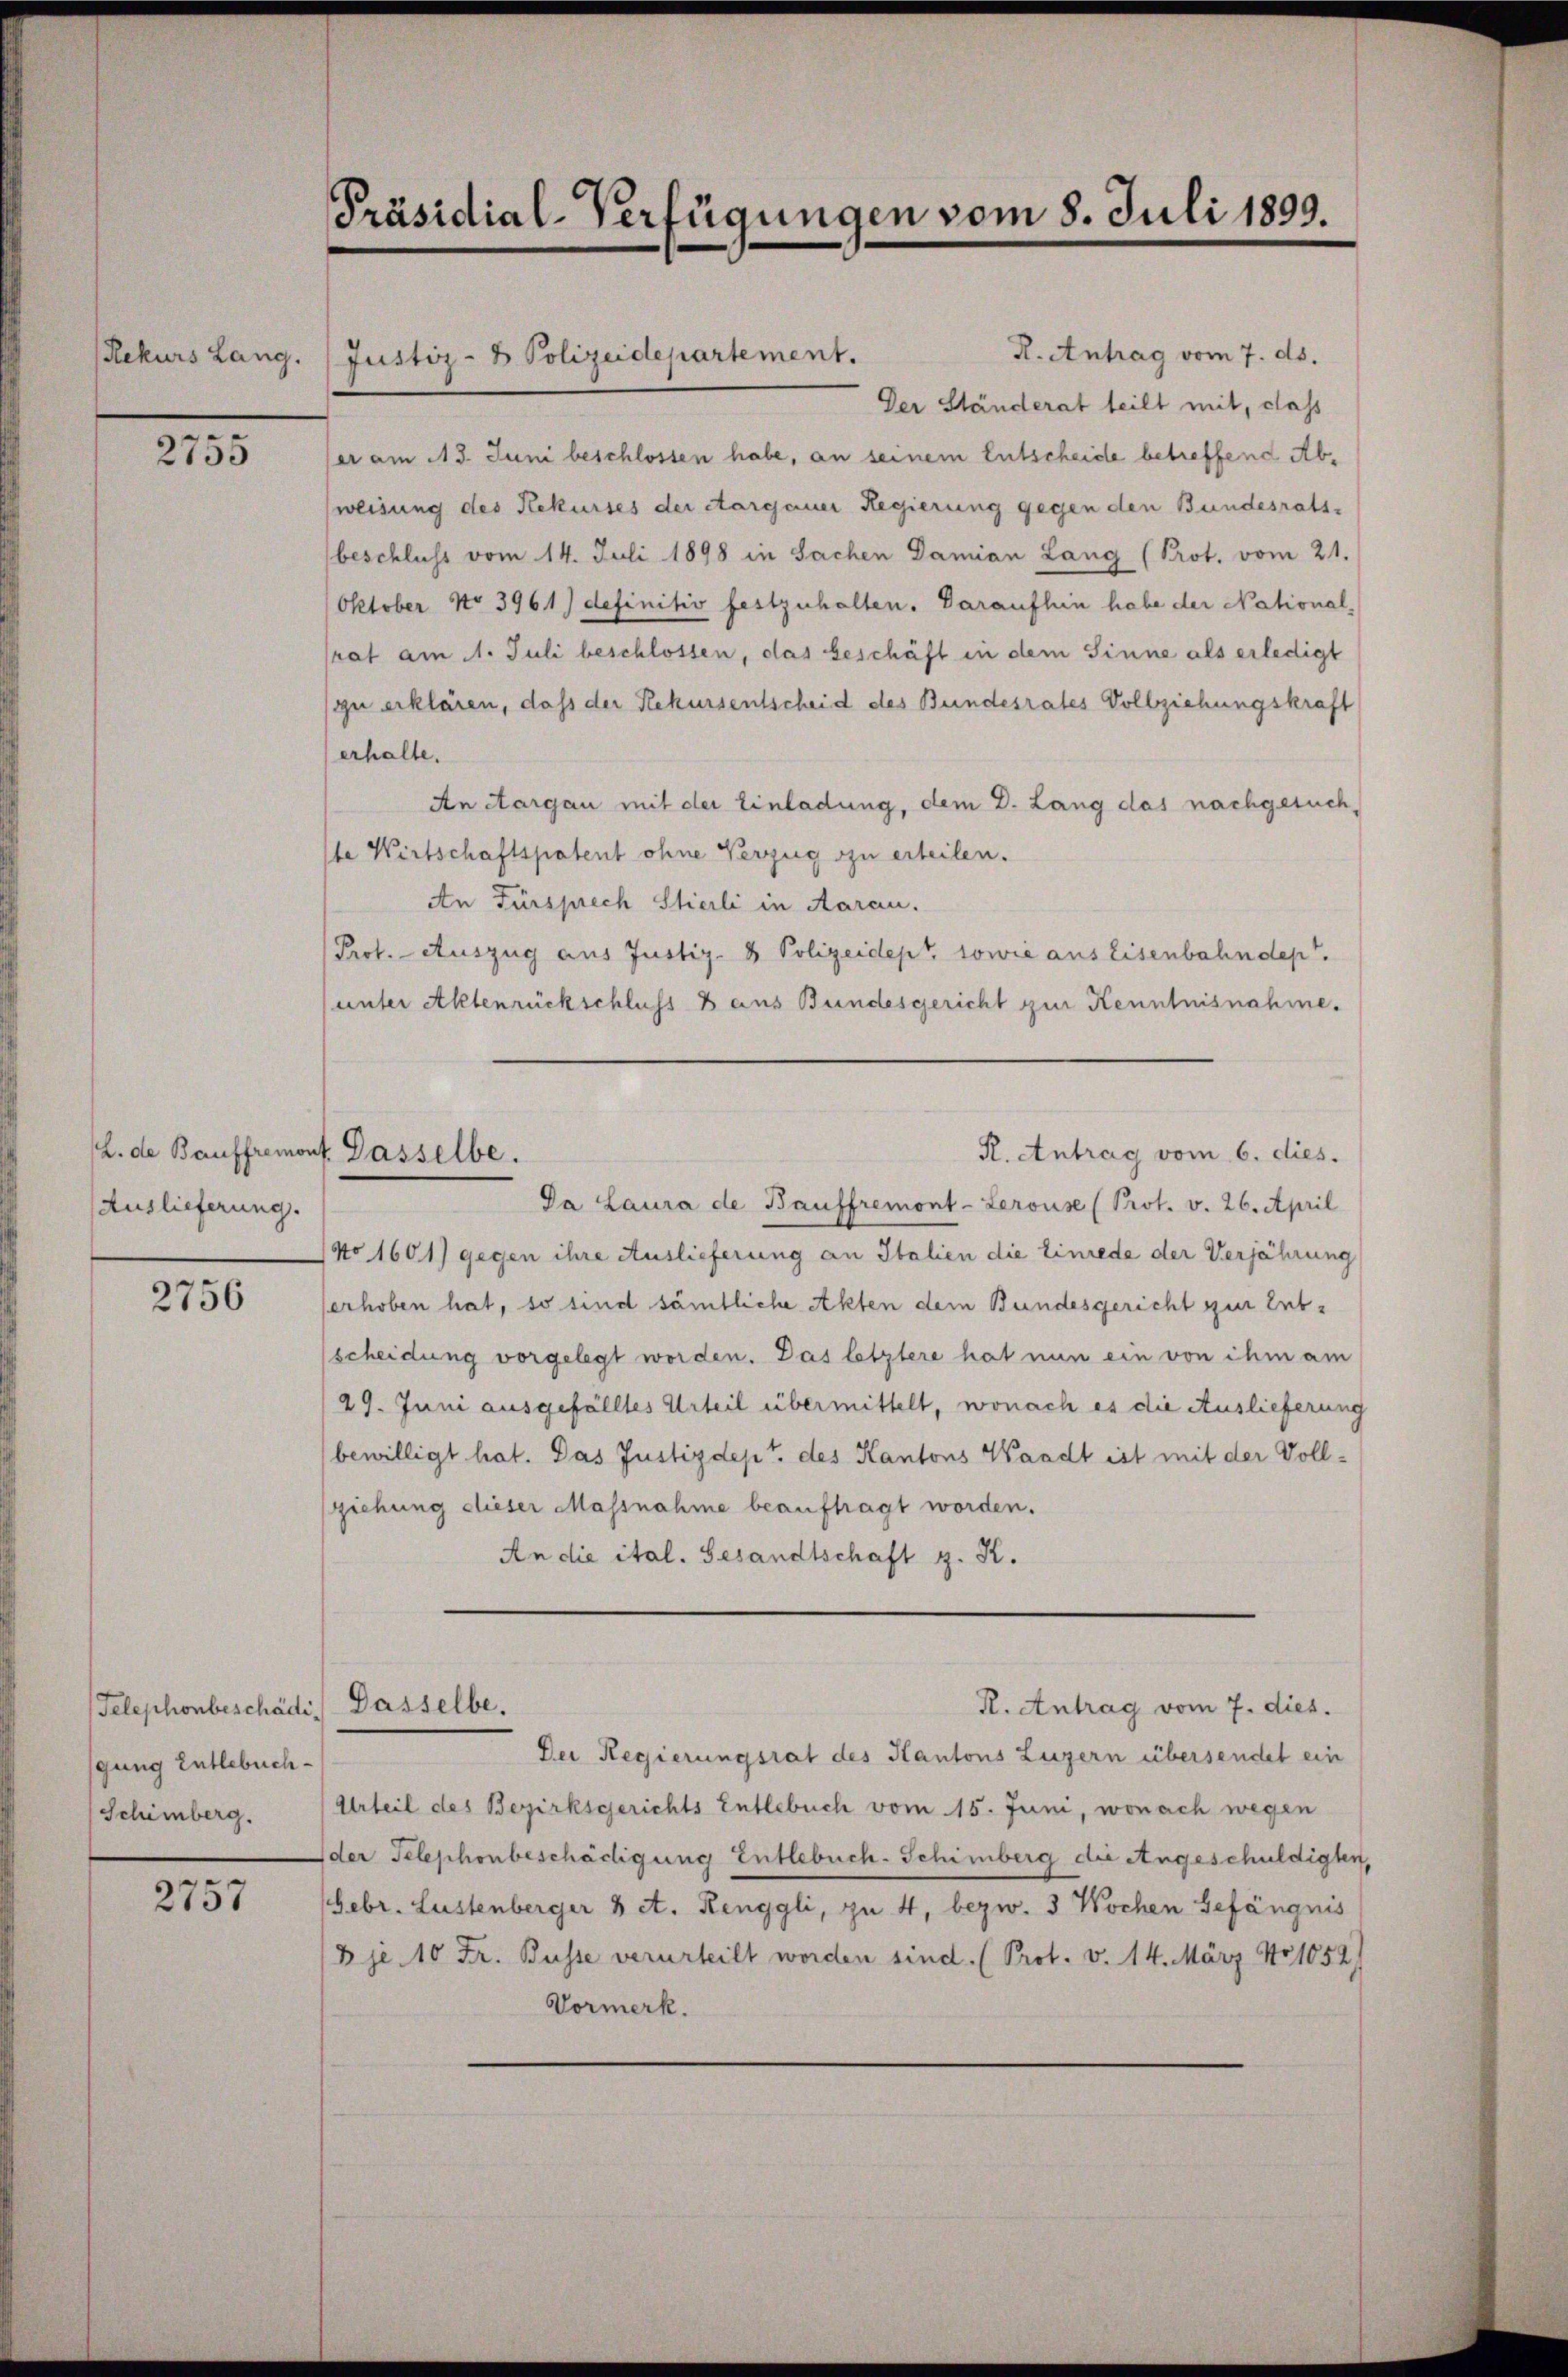
Rekurs Lang.

e
2755

L. de Bauffremd
Auslieferung.

2756

Telephonbeschädi. Dasselbe.
gung Entlebuch-
Schimberg.

2757

Präsidial-Verfügungen vom 8. Juli 1899.

H. Antrag vom 7. ds.
Justiz- & Polizeidepartement.
Der Ständerat teilt mit, dass
er am 113. Juni beschlossen habe, an seinem Entscheide betreffend Abweisung des Rekurses der Aargauer Regierung gegen den Bundesrats-
beschluss vom 14. Juli 1898 in Sachen Damian Lang (Prot. vom 21.
Oktober No 3961) definitiv festzuhalten. Daraufhin habe der Nationalrat am 11. Juli beschlossen, das beschäft in dem Sinne als erledigt
zu erklären, daß der Rekursentscheid des Bundesrates Vollziehungskraft
erhalte.
An Aargau mit der Einladung, dem D. Lang das nachgesuch,
te Wirtschaftspatent ohne Verzug zu erteilen.
An Fürsprech Stierli in Aarau.
Prof. Auszug aus Justiz- & Polizeidept, sowie aus Eisenbahndept.
unter Aktenrückschluss 8 aus Bundesgericht zur Kenntnisnahme.
R. Antrag vom 6. dies.
ef. Dasselbe.
Da Laura de Bauffremont-Lerouse (Prot. v. 26. April
No 1601) gegen ihre Auslieferung an Italien die Einrede der Verjährung
erhoben hat, so sind sämtliche Akten dem Bundesgericht zur Entscheidung vorgelegt worden. Das letztere hat nun ein von ihm am
29. Juni ausgefälltes Urteil übermittelt, wonach es die Auslieferung
bewilligt hat. Das Justizdept. des Kantons Waadt ist mit der Vollziehung dieser Massnahme beauftragt worden.
An die ital. Gesandtschaft z. K.

Der Regierungsrat des Kantons Luzern übersendet ein
Urteil des Bezirksgerichts Entlebuch vom 15. Juni, wonach wegen
der Telephonbeschädigung Entlebuch-Schimberg die Angeschuldigten,
Febr. Lustenberger 3 et. Renggli, zu 4, bezw. 3 Wochen Gefängnis
B je 10 Fr. Busse verurteilt worden sind. (Prot. v. 14. März No 1052)
Vormerk.

R. Antrag vom 7. dies.